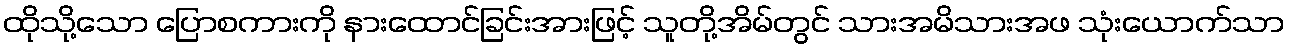
ထိုသို့သော ပြောစကားကို နားထောင်ခြင်းအားဖြင့် သူတို့အိမ်တွင် သားအမိသားအဖ သုံးယောက်သာ